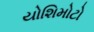
યોશિમોટો